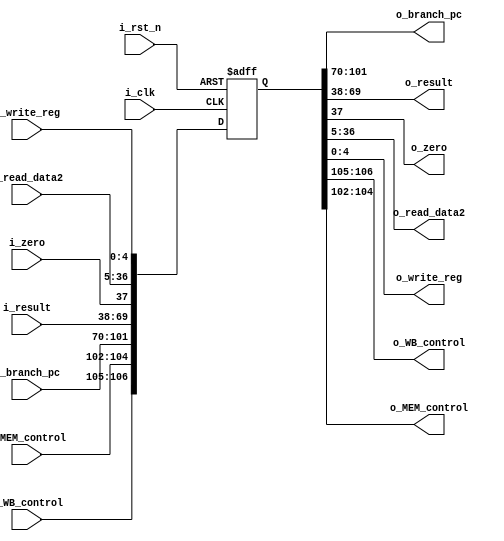
`timescale 1ns / 1ps
//////////////////////////////////////////////////////////////////////////////////
// Company: 
// Engineer: 
// 
// Design Name: 
// Module Name:    R_EX_MEM 
// Project Name: 
// Target Devices: 
// Tool versions: 
// Description: 
//
// Dependencies: 
//
// Revision: 
// Revision 0.01 - File Created
// Additional Comments: 
//
//////////////////////////////////////////////////////////////////////////////////
module R_EX_MEM(i_clk, i_rst_n, i_branch_pc, i_result, i_zero, i_read_data2, i_write_reg, i_WB_control, i_MEM_control,
  o_branch_pc, o_result, o_zero, o_read_data2, o_write_reg, o_WB_control, o_MEM_control);
  
  input i_clk, i_rst_n;
  input [31:0] i_branch_pc, i_result;       //input barnch pc, ALU result
  input i_zero;                             //input zero signal
  input [31:0] i_read_data2;                //input read_data(Register value)
  input [4:0] i_write_reg;                  //input write register
  input [1:0] i_WB_control;                 //input WB control
  input [2:0] i_MEM_control;                //input MEM control
  output [31:0] o_branch_pc, o_result;      //output branch pc, ALU result
  output o_zero;                            //otput zero signal
  output [31:0] o_read_data2;               //output read_data2  
  output [4:0] o_write_reg;                 //output write register
  output [1:0] o_WB_control;                //output WB control
  output [2:0] o_MEM_control;               //output MEM control
  
  reg [106:0] r_ex_mem;        //cur, next
  
  //sequental logic
  always@(posedge i_clk or negedge i_rst_n) begin
    if(i_rst_n==1'b0)
      r_ex_mem <= 107'd0;        //reset
    else
      r_ex_mem <= {i_WB_control, i_MEM_control, i_branch_pc, i_result, i_zero, i_read_data2, i_write_reg};    //not reset
  end
  
  //output combinational logic
  assign o_branch_pc 		= r_ex_mem[101:70];   
  assign o_result 			= r_ex_mem[69:38];
  assign o_zero 				= r_ex_mem[37];
  assign o_read_data2 		= r_ex_mem[36:5]; 
  assign o_write_reg 		= r_ex_mem[4:0];
  assign o_WB_control 		= r_ex_mem[106:105];
  assign o_MEM_control 		= r_ex_mem[104:102];
  
endmodule